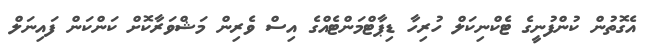
އެގޮތުން ކުންފުނީގެ ޓެކްނިކަލް ހުރިހާ ޑިޕާޓްމަންޓެއްގެ އިސް ވެރިން މަޝްވަރާކޮށް ކަންކަން ފައިނަލް